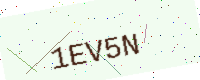
Text: 1EV5N